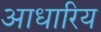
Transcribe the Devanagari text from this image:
आधारिय